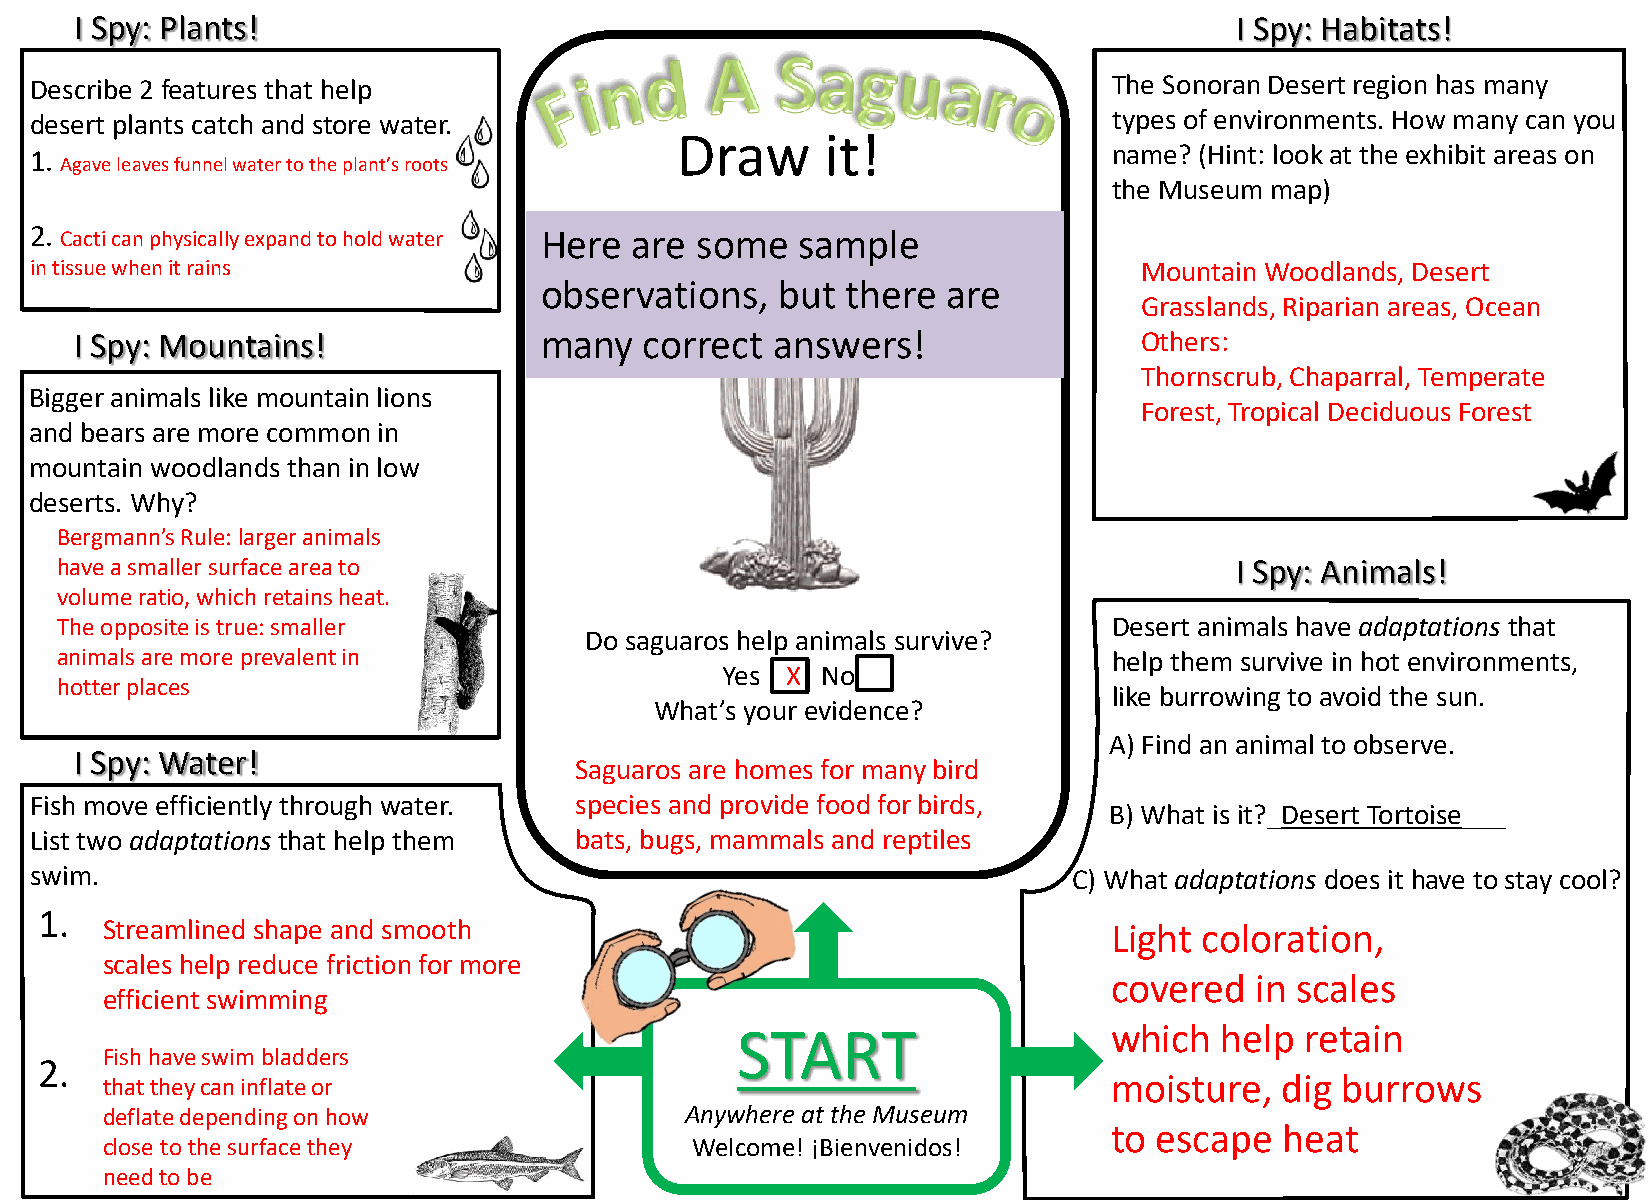
I Spy: Plants!                                                               I Spy: Habitats!
 Describe 2 features that help                                           The Sonoran Desert region has many
 desert plants catch and store water.                                    types of environments. How many can you
 Draw      it!
 1.                                                                      name? (Hint: look at the exhibit areas on
 Agave leaves funnel water to the plant’s roots
 the Museum map)
 2. Cacti can physically expand to hold water Here are some sample
 in tissue when it rains                                                  Mountain Woodlands, Desert
 observations,  but  there  are
 Grasslands, Riparian areas, Ocean
 I Spy: Mountains!              many   correct answers!                Others:
 Thornscrub, Chaparral, Temperate
 Bigger animals like mountain lions
 Forest, Tropical Deciduous Forest
 and bears are more common in
 mountain woodlands than in low
 deserts. Why?
 Bergmann’s Rule: larger animals
 have a smaller surface area to                                                I Spy: Animals!
 volume ratio, which retains heat.
 The opposite is true: smaller                                         Desert animals have adaptations that
 Do saguaros help animals survive?
 animals are more prevalent in                                         help them survive in hot environments,
 Yes X No
 hotter places
 like burrowing to avoid the sun.
 What’s your evidence?
 A) Find an animal to observe.
 I Spy: Water!
 Saguaros are homes for many bird
 Fish move efficiently through water. species and provide food for birds,
 B) What is it?_Desert Tortoise___
 List two adaptations that help them bats, bugs, mammals and reptiles
 swim.                                                                C) What adaptations does it have to stay cool?
 1.
 Streamlined shape and smooth                                      Light  coloration,
 scales help reduce friction for more
 covered   in scales
 efficient swimming
 START                   which   help retain
 Fish have swim bladders
 2.
 that they can inflate or                                          moisture,   dig burrows
 deflate depending on how              Anywhere at the Museum
 to escape   heat
 close to the surface they              Welcome! ¡Bienvenidos!
 need to be